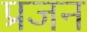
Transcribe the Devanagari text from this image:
प्रजन